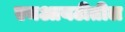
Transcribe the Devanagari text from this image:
एमआयटीतील